Report on vaccination North-West Frontier Province 1904-1922 - 1904-1922
Year: 1904
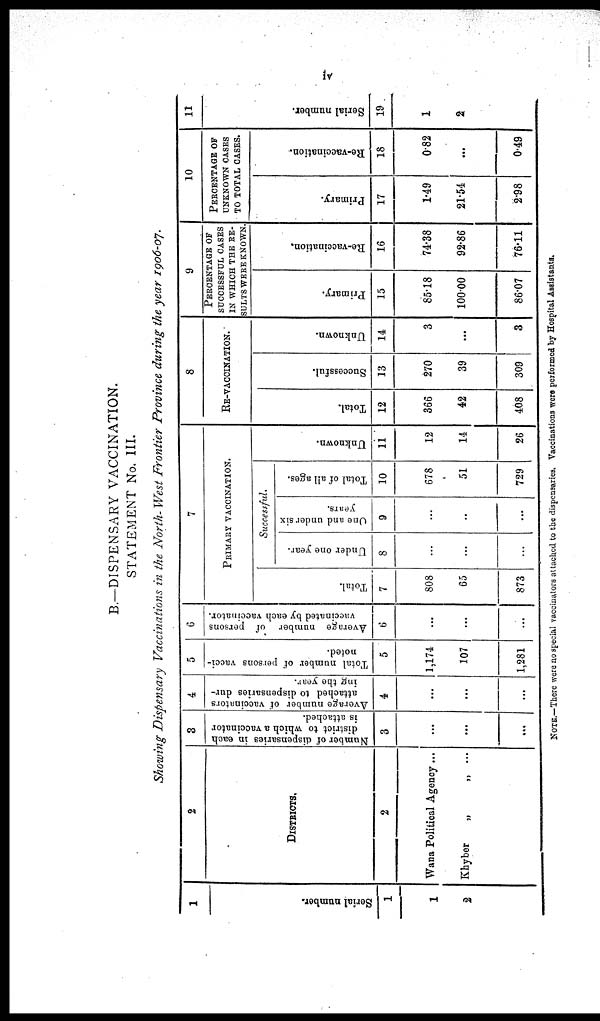
iv
B.—DISPENSARY VACCINATION.
STATEMENT No. III.
Showing Dispensary Vaccinations in the North- West Frontier Province during the year 1906-07.
1
Serial number.
1
1
2
2
DISTRICTS.
2
Wana Political Agency ...
Khyber
„
„ ...
3
Number of dispensaries in each
district to which a vaccinator
is attached.
3
...
...
...
4
Average number of vaccinators
attached to dispensaries dur-
ing the year.
4
...
...
5
Total number of persons vacci¬
noted.
5
1,174
107
1,281
6
Average number of persons
vaccinated by each vaccinator.
6
...
...
...
7
PRIMARY VACCINATION.
Total.
7
808
65
873
Successful.
Under one year.
8
...
...
...
One and under six
years.
9
...
..
...
Total of all ages.
10
678
51
729
Unknown.
11
12
14
26
8
RE-VACCINATION.
Total.
12
366
42
408
Successful.
13
270
39
309
Unknown.
14
3
...
3
9
PERCENTAGE OF
SUCCESSFUL CASES
IN WHICH THE RE-
SULTS WERE KNOWN.
Primary.
15
85.18
100.00
86.07
Re-vaccination.
16
74.38
92.86
76.11
10
PERCENTAGE OF
UNKNOWN CASES
TO TOTAL CASES.
Primary.
17
1.49
21.54
2.98
Re-vaccination.
18
0.82
...
0.49
11
Serial number.
19
1
2
NOTE.—There were no special vaccinators attached to the dispensaries. Vaccinations were performed by Hospital Assistants.